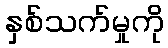
နှစ်သက်မှုကို